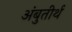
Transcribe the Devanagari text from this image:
अंबुतीर्थ